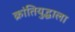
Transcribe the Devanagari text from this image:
क्रांतियुद्धाला